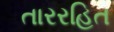
તારરહિત